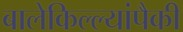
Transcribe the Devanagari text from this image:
बालेकिल्ल्यांपैकी